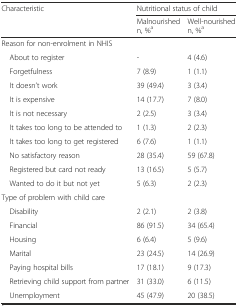
| <ROWSPAN=2> Characteristic | <COLSPAN=2> Nutritional status of child |
 | Malnourished n, %a | Well-nourished n, %a |
 | --- | --- | --- |
 | <COLSPAN=3> Reason for non-enrolment in NHIS |
 | About to register | - | 4 (4.6) |
 | Forgetfulness | 7 (8.9) | 1 (1.1) |
 | It doesn’t work | 39 (49.4) | 3 (3.4) |
 | It is expensive | 14 (17.7) | 7 (8.0) |
 | It is not necessary | 2 (2.5) | 3 (3.4) |
 | It takes too long to be attended to | 1 (1.3) | 2 (2.3) |
 | It takes too long to get registered | 6 (7.6) | 1 (1.1) |
 | No satisfactory reason | 28 (35.4) | 59 (67.8) |
 | Registered but card not ready | 13 (16.5) | 5 (5.7) |
 | Wanted to do it but not yet | 5 (6.3) | 2 (2.3) |
 | <COLSPAN=3> Type of problem with child care |
 | Disability | 2 (2.1) | 2 (3.8) |
 | Financial | 86 (91.5) | 34 (65.4) |
 | Housing | 6 (6.4) | 5 (9.6) |
 | Marital | 23 (24.5) | 14 (26.9) |
 | Paying hospital bills | 17 (18.1) | 9 (17.3) |
 | Retrieving child support from partner | 31 (33.0) | 6 (11.5) |
 | Unemployment | 45 (47.9) | 20 (38.5) |